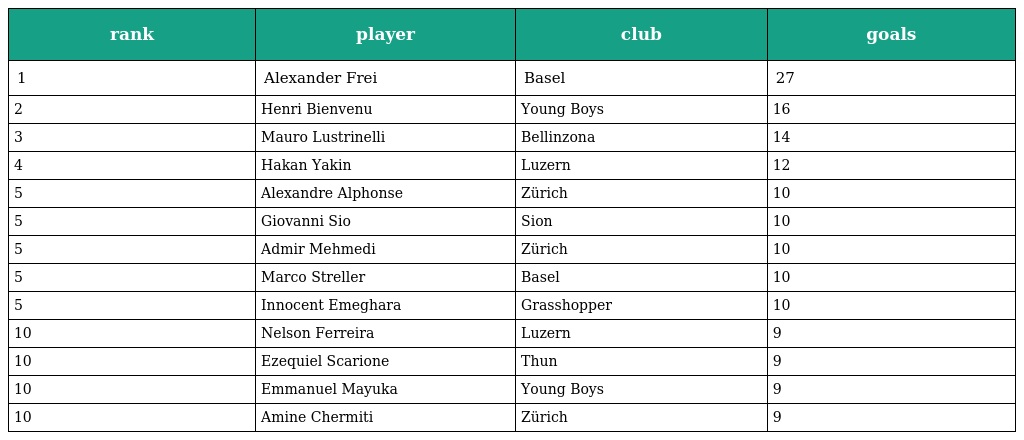
| rank | player | club | goals |
 | --- | --- | --- | --- |
 | 1 | Alexander Frei | Basel | 27 |
 | 2 | Henri Bienvenu | Young Boys | 16 |
 | 3 | Mauro Lustrinelli | Bellinzona | 14 |
 | 4 | Hakan Yakin | Luzern | 12 |
 | 5 | Alexandre Alphonse | Zürich | 10 |
 | 5 | Giovanni Sio | Sion | 10 |
 | 5 | Admir Mehmedi | Zürich | 10 |
 | 5 | Marco Streller | Basel | 10 |
 | 5 | Innocent Emeghara | Grasshopper | 10 |
 | 10 | Nelson Ferreira | Luzern | 9 |
 | 10 | Ezequiel Scarione | Thun | 9 |
 | 10 | Emmanuel Mayuka | Young Boys | 9 |
 | 10 | Amine Chermiti | Zürich | 9 |